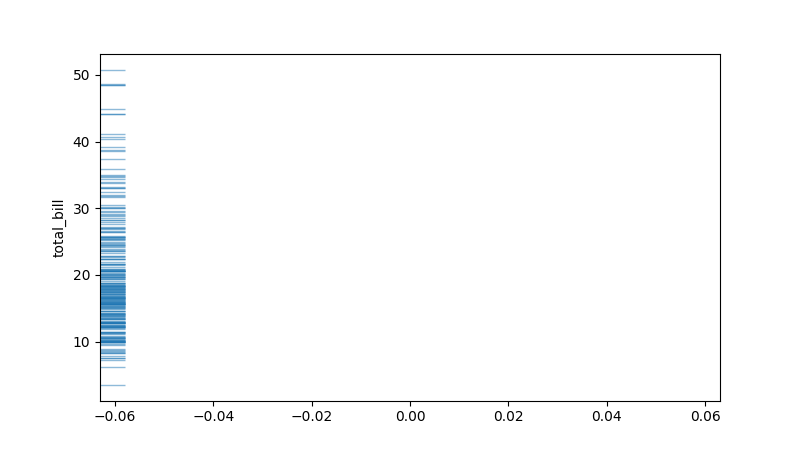
python, seaborn, rugplot, height=0.04, axis='y', alpha=0.5